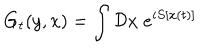
G _ { t } ( y , x ) = \int { \cal D } x \; e ^ { i S [ x ( t ) ] }